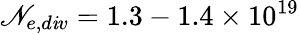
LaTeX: \mathscr{N}_{e,d\mathit{i}v}=1.3-1.4\times10^{19}